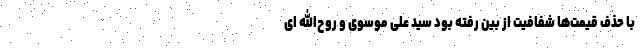
با حذف قیمت‌ها شفافیت از بین رفته بود سید علی موسوی و روح‌الله ای